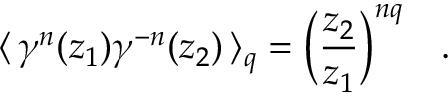
\langle \, \gamma ^ { n } ( z _ { 1 } ) \gamma ^ { - n } ( z _ { 2 } ) \, \rangle _ { q } = \Big ( \frac { z _ { 2 } } { z _ { 1 } } \Big ) ^ { n q } \quad .